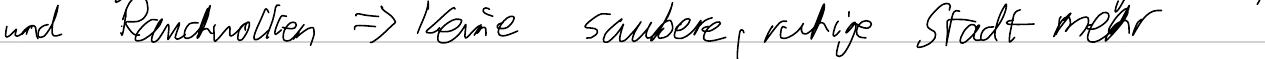
und Rauchwolken => Keine saubere, ruhige Stadt mehr